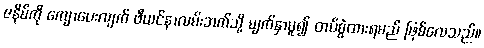
ဇနိမ်ကို ကျောပေးလျက် ဗီယင်နာလမ်းဘက်သို့ မျက်နှာမူ၍ တပ်စွဲထားရမည် ဖြစ်လေသည်။